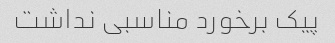
پیک برخورد مناسبی نداشت